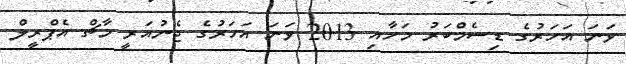
ވަނަ އަހަރުގެ ޑިސެމްބަރު މަހާއި 2013 ވަނަ އަހަަރުގެ ޖެނުއަރީ މާޗް އެޕްރީލް